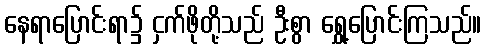
နေရာပြောင်းရာ၌ ငှက်ဖိုတို့သည် ဦးစွာ ရွှေ့ပြောင်းကြသည်။